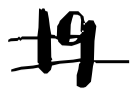
Text: 19
Cross-out: double-line
Writing tool: digital_black